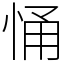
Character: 悀